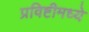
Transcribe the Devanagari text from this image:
प्रविष्टीमध्ये